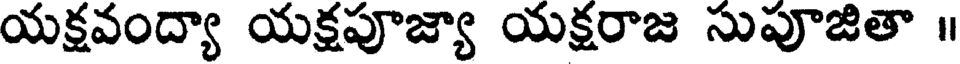
యక్షవంద్యా యక్షపూజ్యా యక్షరాజ సుపూజితా ॥